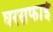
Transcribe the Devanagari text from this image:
घरसफाई